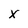
Character: x